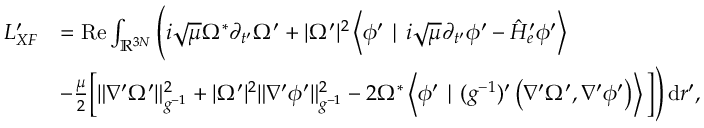
\begin{array} { r l } { L _ { X F } ^ { \prime } } & { = \operatorname { R e } \int _ { \ensuremath { \mathbb { R } } ^ { 3 N } } \Bigg ( i \sqrt { \mu } \Omega ^ { * } \partial _ { t ^ { \prime } } \Omega ^ { \prime } + | \Omega ^ { \prime } | ^ { 2 } \left\langle \phi ^ { \prime } \mid i \sqrt { \mu } \partial _ { t ^ { \prime } } \phi ^ { \prime } - \hat { H } _ { e } ^ { \prime } \phi ^ { \prime } \right\rangle } \\ & { - \frac { \mu } { 2 } \Big [ \| \nabla ^ { \prime } \Omega ^ { \prime } \| _ { g ^ { - 1 } } ^ { 2 } + | \Omega ^ { \prime } | ^ { 2 } \| \nabla ^ { \prime } \phi ^ { \prime } \| _ { g ^ { - 1 } } ^ { 2 } - 2 \Omega ^ { * } \left\langle \phi ^ { \prime } \mid ( g ^ { - 1 } ) ^ { \prime } \left( \nabla ^ { \prime } \Omega ^ { \prime } , \nabla ^ { \prime } \phi ^ { \prime } \right) \right\rangle \Big ] \Bigg ) \, \mathrm { d } r ^ { \prime } , } \end{array}